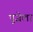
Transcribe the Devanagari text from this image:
पुजेला